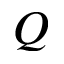
Q